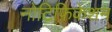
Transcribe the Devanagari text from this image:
नोटिफ़िकेशन